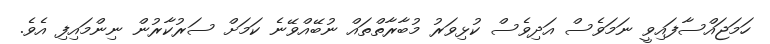
ހަމަޖައްސާފައިވީ ނަމަވެސް އަދިވެސް ކުޅިވަރު މުބާރާތްތައް ނުބޭއްވޭނެ ކަމަށް ސަރުކާރުން ނިންމައިފި އެވެ.